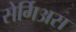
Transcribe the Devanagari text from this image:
सेर्गिअस